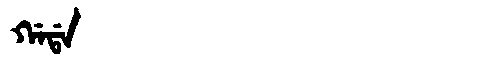
Manchu: ᡤᠠᡩᠠ
Romanization: GADA